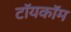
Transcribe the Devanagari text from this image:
टॉयकॉम